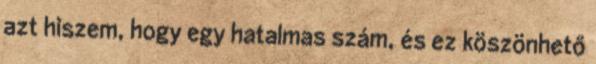
azt hiszem, hogy egy hatalmas szám, és ez köszönhető